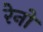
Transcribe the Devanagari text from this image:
रेनों